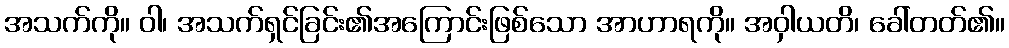
အသက်ကို။ ဝါ၊ အသက်ရှင်ခြင်း၏အကြောင်းဖြစ်သော အာဟာရကို။ အဝှါယတိ၊ ခေါ်တတ်၏။